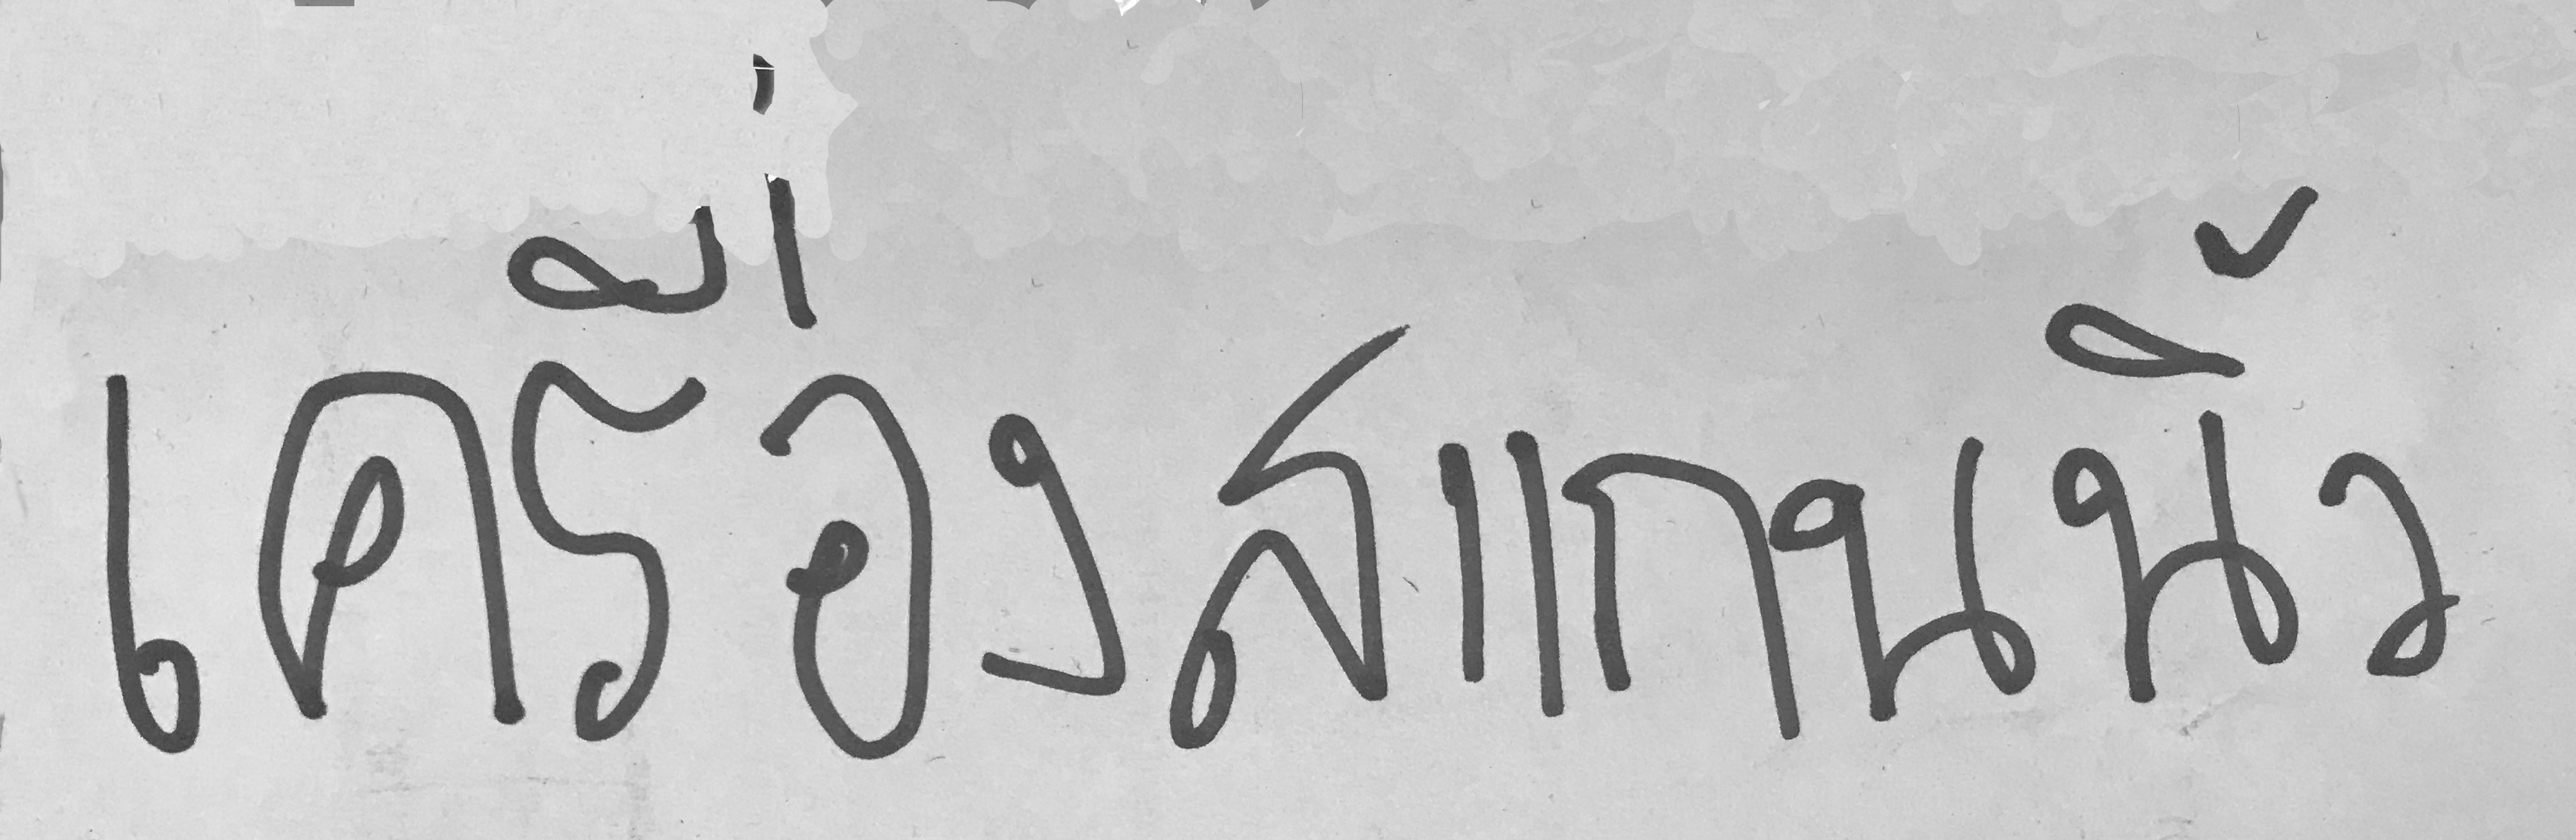
เครื่องสแกนนิ่ว